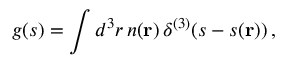
g ( s ) = \int d ^ { 3 } r \, n ( { \bf r } ) \, \delta ^ { ( 3 ) } ( s - s ( { \bf r } ) ) \, ,